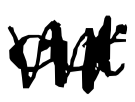
Text: out
Cross-out: zig-zag
Writing tool: digital_black